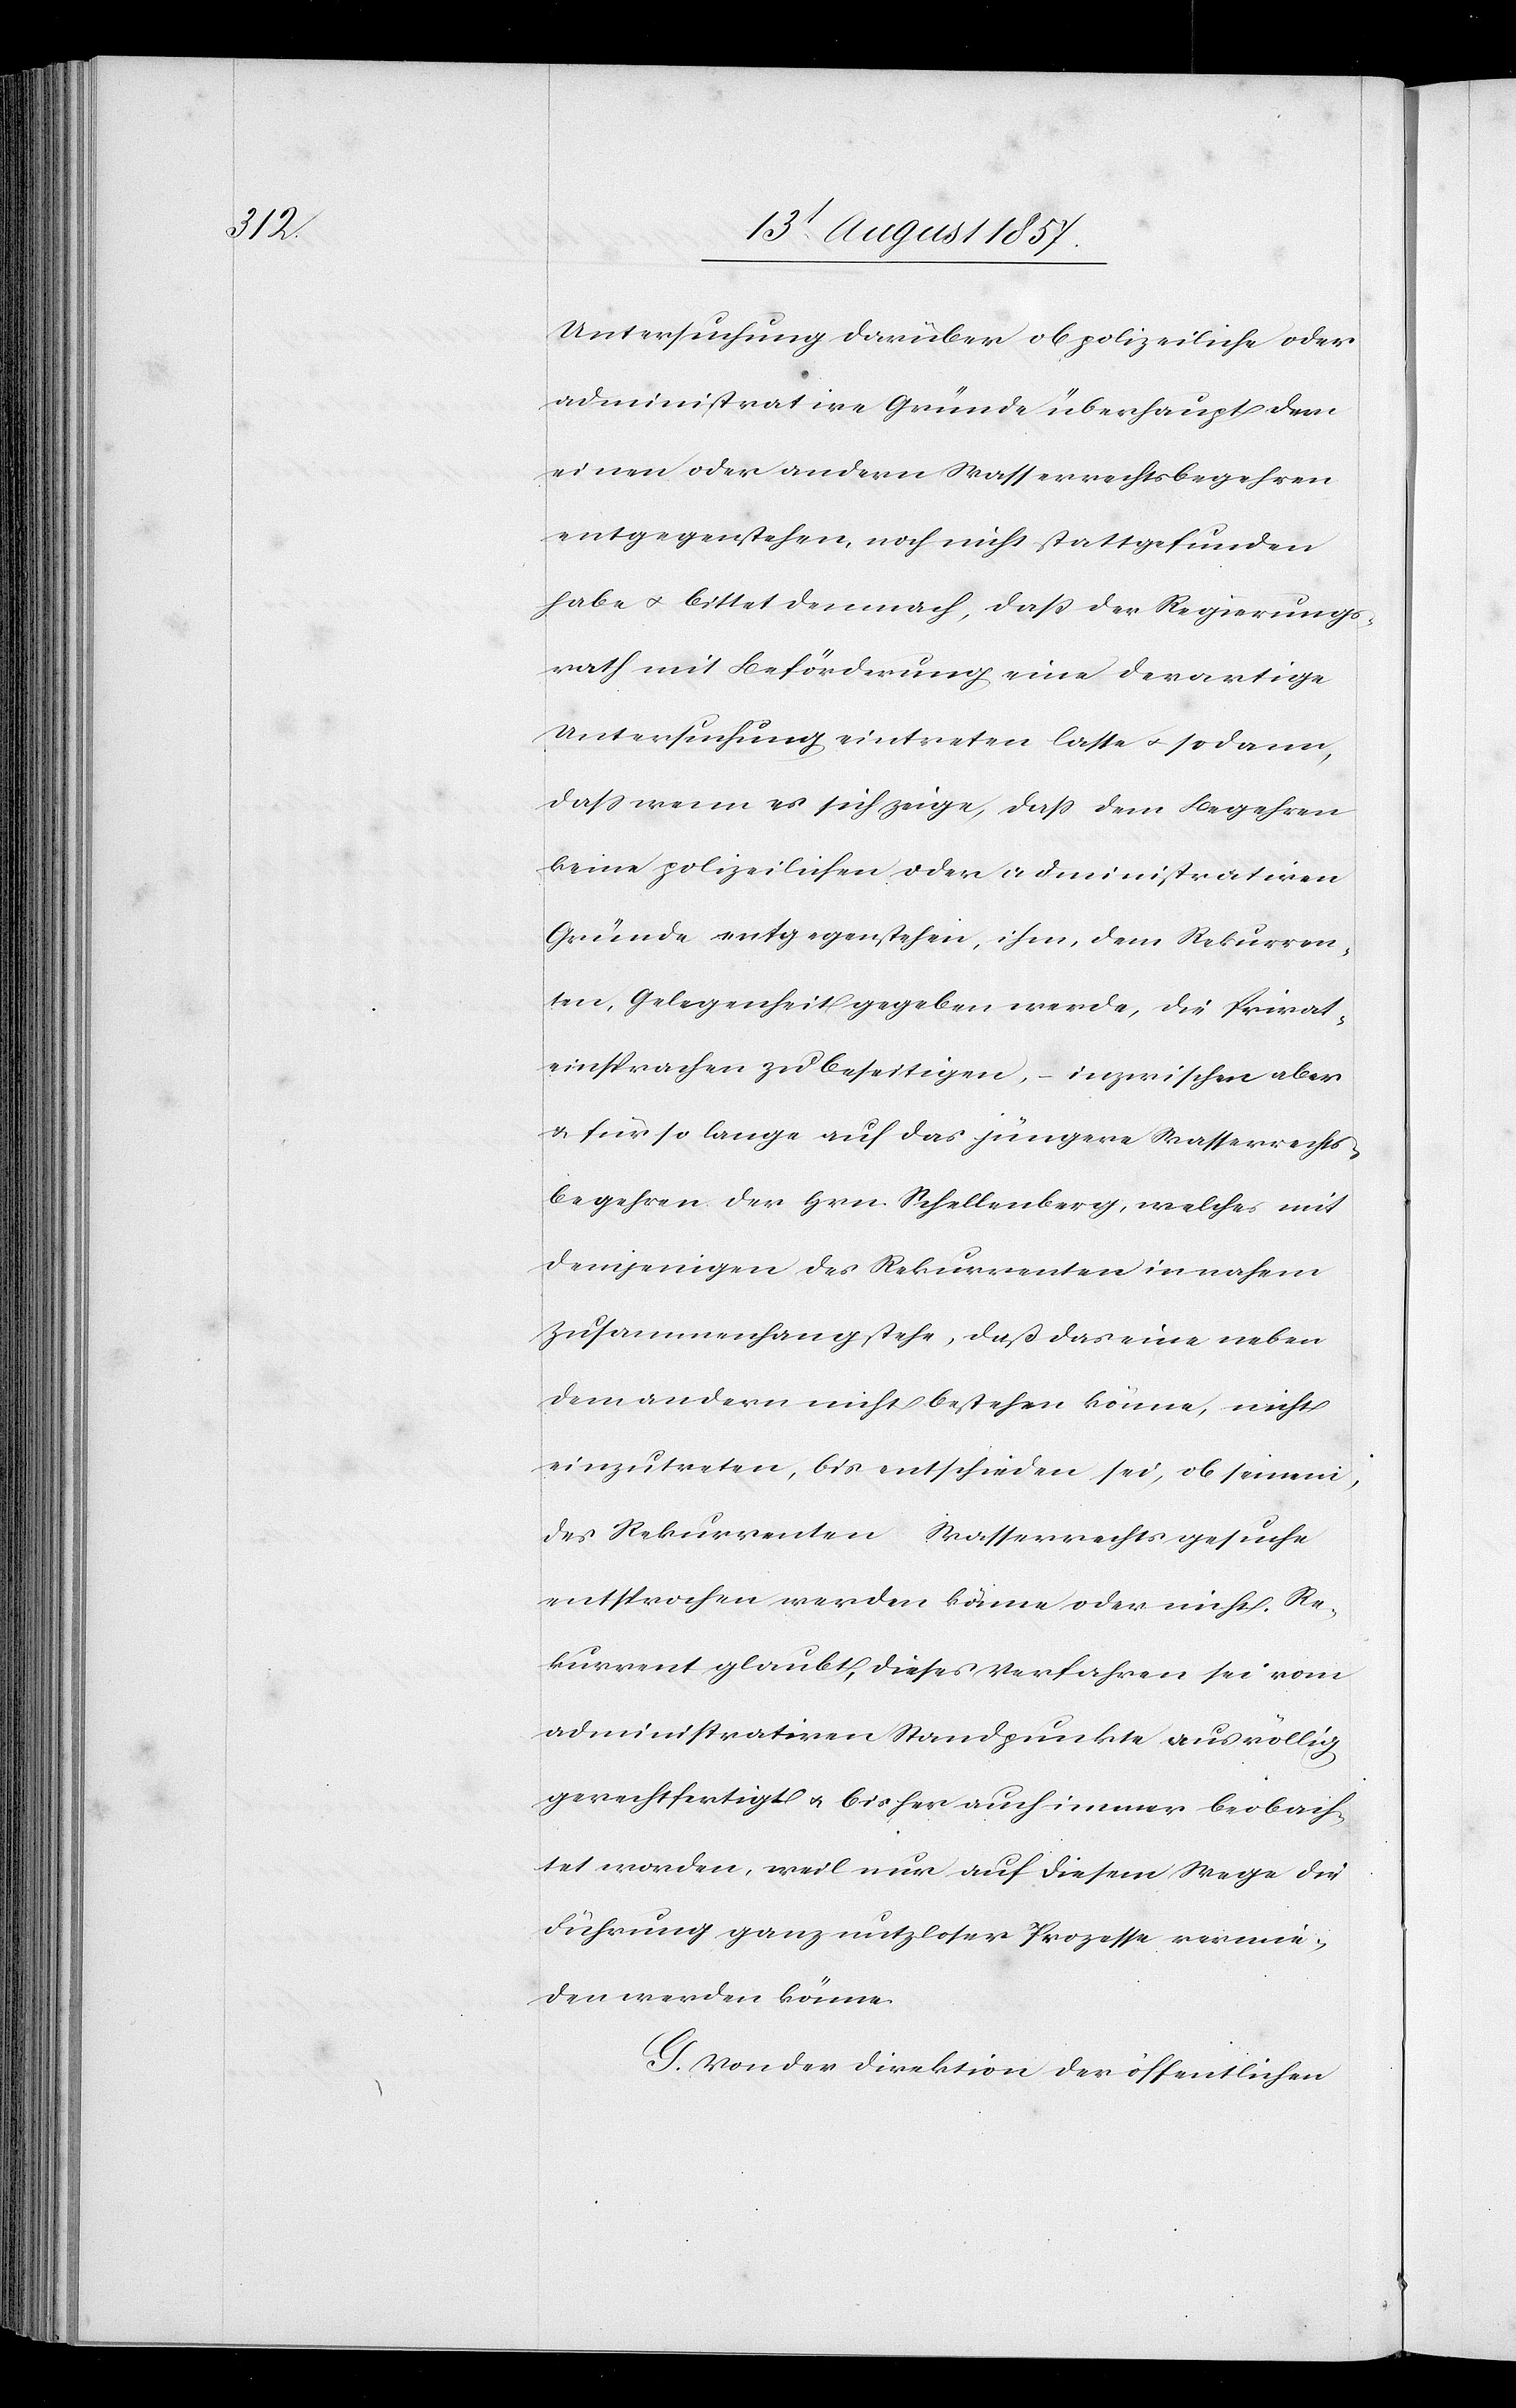
Untersuchung darüber ob polizeiliche oder
administrative Gründe überhaupt dem
einen oder andern Wasserrechtsbegehren
entgegenstehen, noch nicht stattgefunden
habe & bittet demnach, daß der Regierungs¬
rath mit Beförderung eine derartige
Untersuchung eintreten lasse & sodann,
daß wenn es sich zeige, daß dem Begehren
keine polizeilichen oder administrativen
Gründe entgegenstehen, ihm, dem Rekurren¬
ten, Gelegenheit gegeben werde, die Privat¬
einsprachen zu beseitigen, – inzwischen aber
& für so lange auf das jüngere Wasserrechts¬
begehren des Hrn. Schellenberg, welches mit
demjenigen des Rekurrenten in nahem
Zusammenhang stehe, daß das eine neben
dem andern nicht bestehen könne, nicht
einzutreten, bis entschieden sei, ob seinem,
des Rekurrenten Wasserrechtsgesuche
entsprochen werden könne oder nicht. Re¬
kurrent glaubt, dieses Verfahren sei vom
administrativen Standpunkte aus völlig
gerechtfertigt & bisher auch immer beobach¬
tet worden, weil nur auf diesem Wege die
Führung ganz nutzloser Prozesse vermie¬
den werden könne.
G. Von der Direktion der öffentlichen